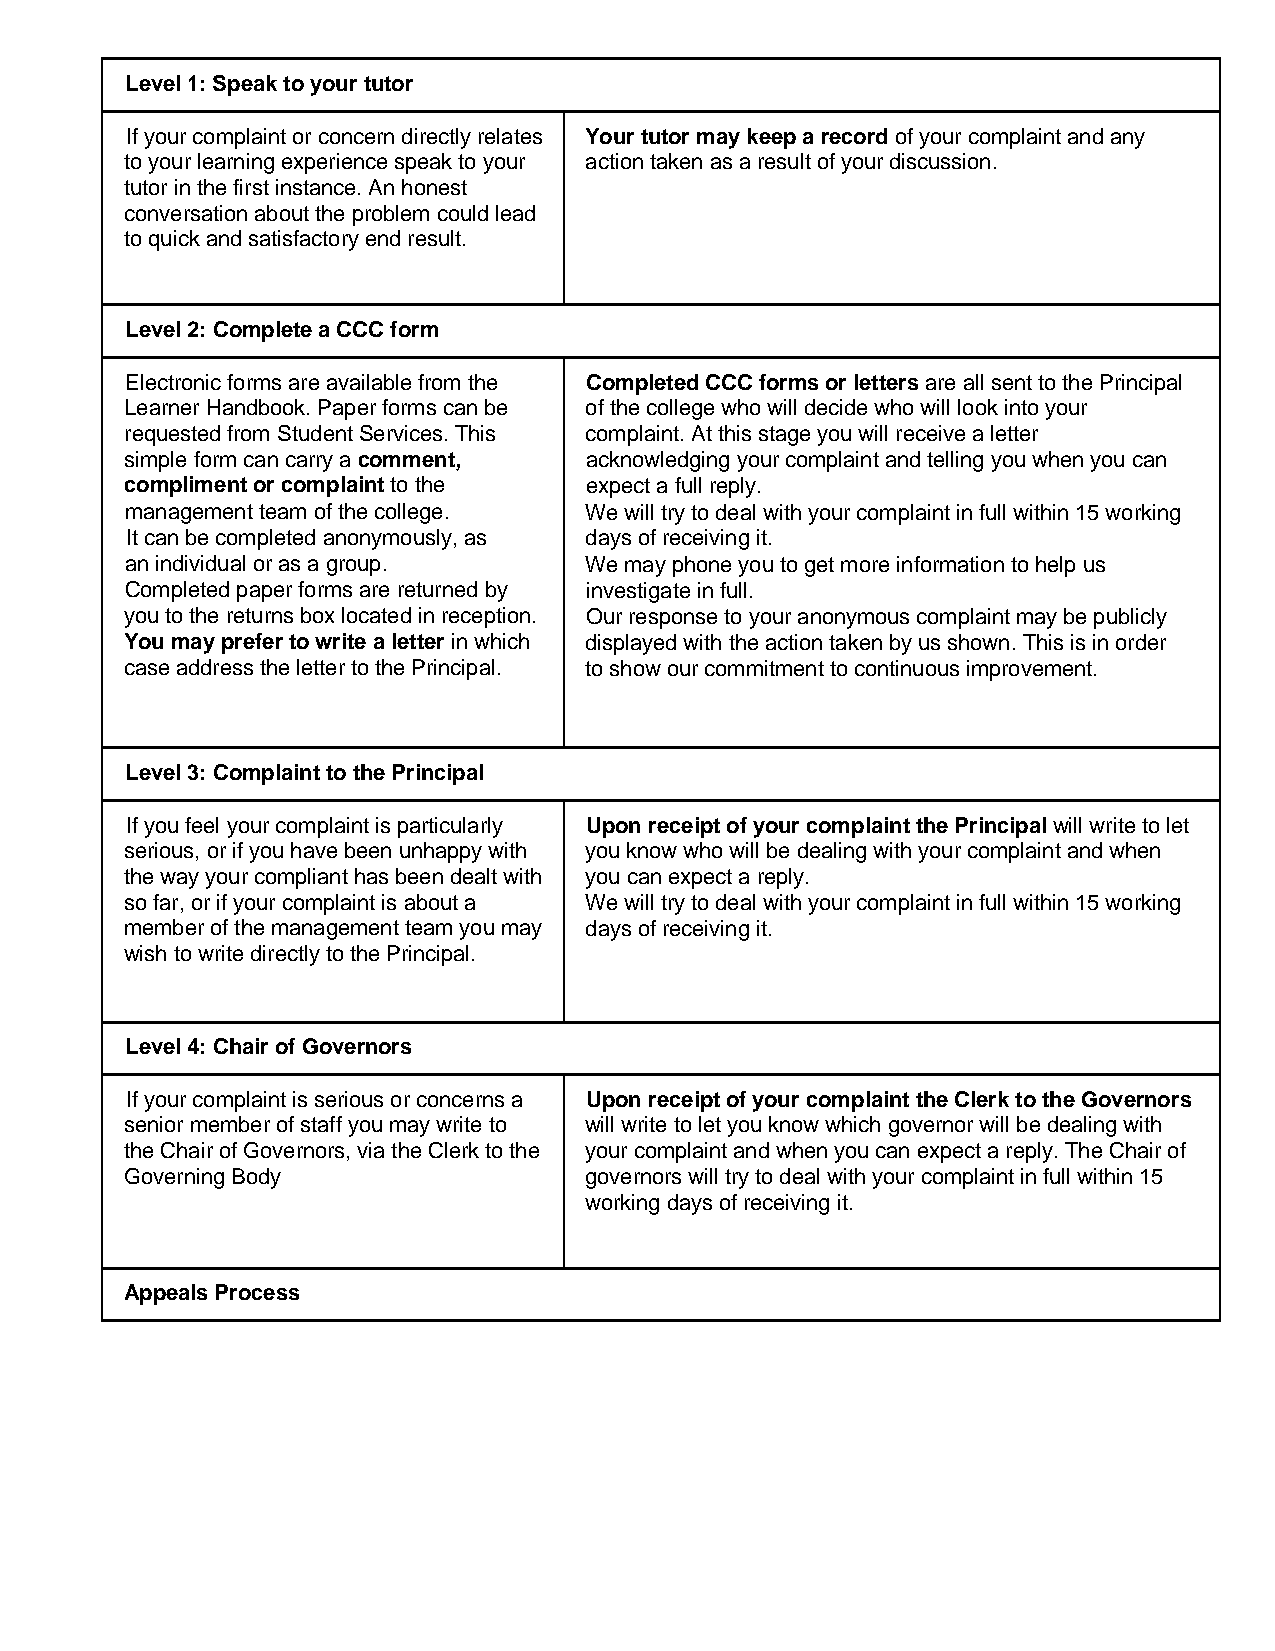
Level 1: Speak to your tutor
 If your complaint or concern directly relates Your tutor may keep a record of your complaint and any
 to your learning experience speak to your action taken as a result of your discussion.
 tutor in the first instance. An honest
 conversation about the problem could lead
 to quick and satisfactory end result.
 Level 2: Complete a CCC form
 Electronic forms are available from the Completed CCC forms or letters are all sent to the Principal
 Learner Handbook. Paper forms can be of the college who will decide who will look into your
 requested from Student Services. This complaint. At this stage you will receive a letter
 simple form can carry a comment, acknowledging your complaint and telling you when you can
 compliment or complaint to the expect a full reply.
 management team of the college. We will try to deal with your complaint in full within 15 working
 It can be completed anonymously, as days of receiving it.
 an individual or as a group.   We may phone you to get more information to help us
 Completed paper forms are returned by investigate in full.
 you to the returns box located in reception. Our response to your anonymous complaint may be publicly
 You may prefer to write a letter in which displayed with the action taken by us shown. This is in order
 case address the letter to the Principal. to show our commitment to continuous improvement.
 Level 3: Complaint to the Principal
 If you feel your complaint is particularly Upon receipt of your complaint the Principal will write to let
 serious, or if you have been unhappy with you know who will be dealing with your complaint and when
 the way your compliant has been dealt with you can expect a reply.
 so far, or if your complaint is about a We will try to deal with your complaint in full within 15 working
 member of the management team you may days of receiving it.
 wish to write directly to the Principal.
 Level 4: Chair of Governors
 If your complaint is serious or concerns a Upon receipt of your complaint the Clerk to the Governors
 senior member of staff you may write to will write to let you know which governor will be dealing with
 the Chair of Governors, via the Clerk to the your complaint and when you can expect a reply. The Chair of
 Governing Body                 governors will try to deal with your complaint in full within 15
 working days of receiving it.
 Appeals Process